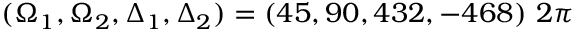
( \Omega _ { 1 } , \Omega _ { 2 } , \Delta _ { 1 } , \Delta _ { 2 } ) = ( 4 5 , 9 0 , 4 3 2 , - 4 6 8 ) ~ 2 \pi